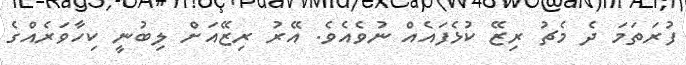
ފުރަތަމަ ދެ މެޗު ރިޒޭ ކުޅެފައެއް ނުވެއެވެ. އޭރު ރިޒޭއަށް ލިބުނީ ކިހާވަރެއްގެ